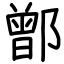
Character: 鄫